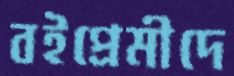
বইপ্রেমীদে